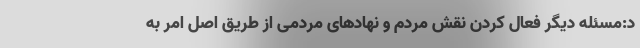
د:مسئله دیگر فعال کردن نقش مردم و نهاد‌های مردمی از طریق اصل امر به